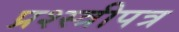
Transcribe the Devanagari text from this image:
प्रश्स्त्रीपत्र